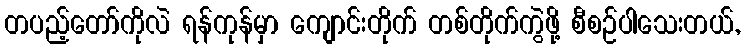
တပည့်တော်ကိုလဲ ရန်ကုန်မှာ ကျောင်းတိုက် တစ်တိုက်ကွဲဖို့ စီစဉ်ပါသေးတယ်,